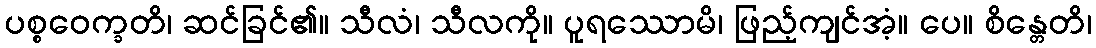
ပစ္စဝေက္ခတိ၊ ဆင်ခြင်၏။ သီလံ၊ သီလကို။ ပူရဿောမိ၊ ဖြည့်ကျင်အံ့။ ပေ။ စိန္တေတိ၊